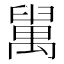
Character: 𦦔